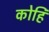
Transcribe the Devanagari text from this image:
कोहि